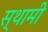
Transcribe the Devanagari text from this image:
स्थामी